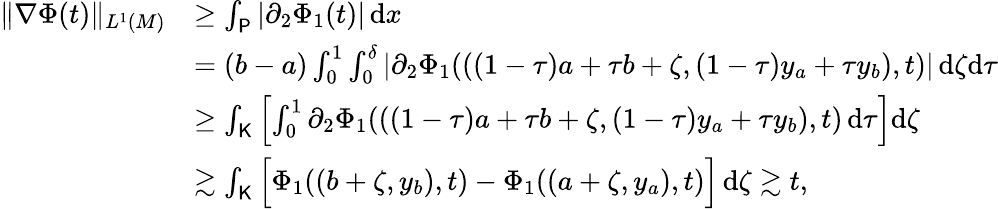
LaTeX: \begin{array}{rl}{\Vert\nabla\Phi(t)\Vert_{L^{1}(M)}}&{\ge\int_{\mathsf{P}}|\partial_{2}\Phi_{1}(t)|\, \mathrm{d}x}\\ &{=(b-a)\int_{0}^{1}\int_{0}^{\delta}|\partial_{2}\Phi_{1}(((1-\tau)a+\tau b+\zeta,(1-\tau)y_{a}+\tau y_{b}),t)|\, \mathrm{d}\zeta\mathrm{d}\tau}\\ &{\ge\int_{\mathsf{K}}\left[\int_{0}^{1}\partial_{2}\Phi_{1}(((1-\tau)a+\tau b+\zeta,(1-\tau)y_{a}+\tau y_{b}),t)\, \mathrm{d}\tau\right]\mathrm{d}\zeta}\\ &{\gtrsim\int_{\mathsf{K}}\Big[\Phi_{1}((b+\zeta,y_{b}),t)-\Phi_{1}((a+\zeta,y_{a}),t)\Big]\, \mathrm{d}\zeta\gtrsim t,}\end{array}